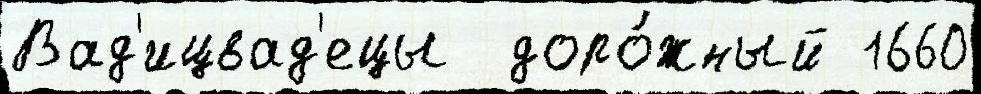
Вад'ицвад'ецы  доро́жный 1660